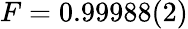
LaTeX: F=0.99988(2)